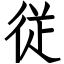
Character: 従